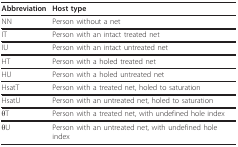
<table><thead><tr><td><b>Abbreviation</b></td><td><b>Host type</b></td></tr></thead><tbody><tr><td>NN</td><td>Person without a net</td></tr><tr><td>IT</td><td>Person with an intact treated net</td></tr><tr><td>IU</td><td>Person with an intact untreated net</td></tr><tr><td>HT</td><td>Person with a holed treated net</td></tr><tr><td>HU</td><td>Person with a holed untreated net</td></tr><tr><td>HsatT</td><td>Person with a treated net, holed to saturation</td></tr><tr><td>HsatU</td><td>Person with an untreated net, holed to saturation</td></tr><tr><td>θT</td><td>Person with a treated net, with undefined hole index</td></tr><tr><td>θU</td><td>Person with an untreated net, with undefined hole index</td></tr></tbody></table>